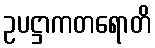
ဥပဋ္ဌာကတရောတိ